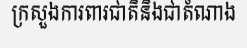
ក្រសួងការពារជាតិនិងជាតំណាង